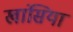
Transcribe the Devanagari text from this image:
खांसिया